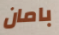
بامان